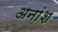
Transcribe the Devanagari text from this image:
अनांश